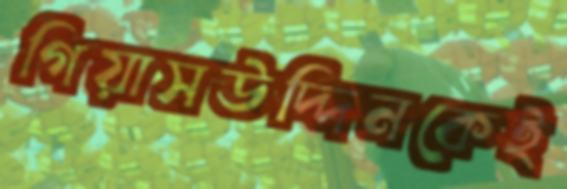
গিয়াসউদ্দিনকেই